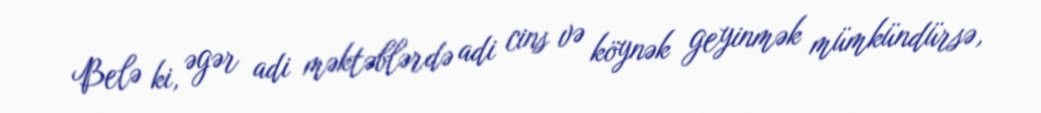
Belə ki, əgər adi məktəblərdə adi cins və köynək geyinmək mümkündürsə,